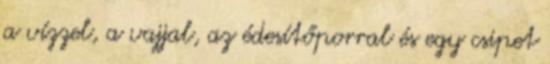
a vízzel, a vajjal, az édesítőporral és egy csipet